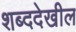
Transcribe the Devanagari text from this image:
शब्ददेखील